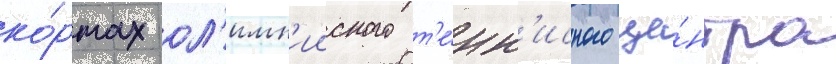
ко́ртах ол'имп'ииского т'е́нн'исного це́нтра